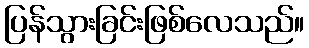
ပြန်သွားခြင်းဖြစ်လေသည်။